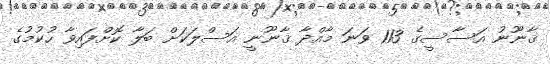
ޤާނޫނު އަސާސީގެ 113 ވަނަ މާއްދާ ޤާނޫނީ އަސްލަކަށް ބަލާ ކޮށްފައިވާ ހުކުމުގެ